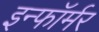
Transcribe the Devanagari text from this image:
इन्फॉर्मर